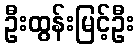
ဦးထွန်းမြင့်ဦး